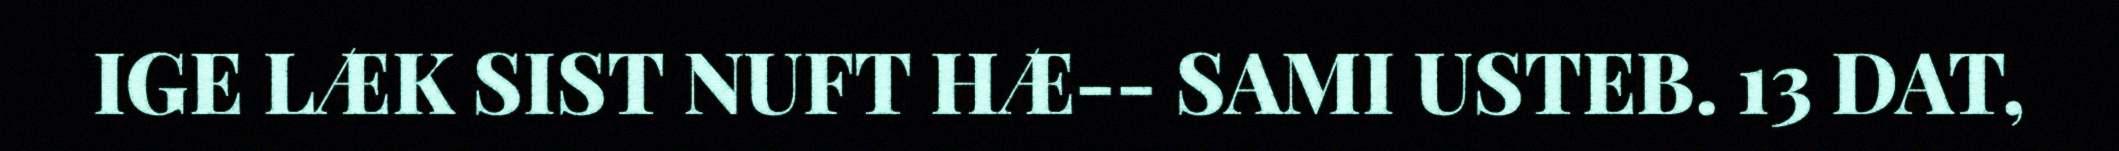
IGE LÆK SIST NUFT HÆ-- SAMI USTEB. 13 DAT,